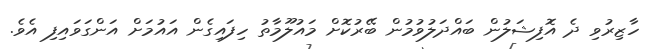
ހާޒިރުވި ދެ އޮފިޝަލުން ބައްދަލުވުމުން ބޭރުކޮށް މައުލޫމާތު ހިފައިގެން އައުމަށް އަންގަވައިފި އެވެ.